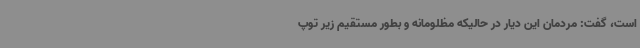
است، گفت: مردمان این دیار در حالیکه مظلومانه و بطور مستقیم زیر توپ